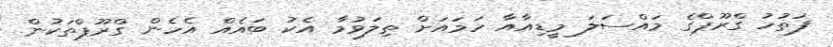
ފަތުހު ގްރޫޕްގެ މައްސަލަ މީޑިއާއާ ހަމައަށް ތިލަވުމާ އެކު ބައެއް އެހެން ގްރޫޕްތަކުން